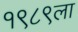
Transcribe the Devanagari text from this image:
१९८९ला